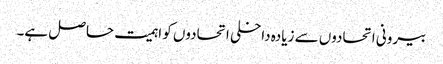
بیرونی اتحادوں سے زیادہ داخلی اتحادوں کو اہمیت حاصل ہے۔